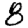
Digit: 8